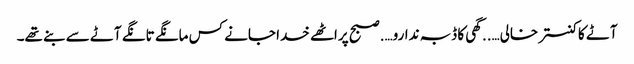
آٹے کا کنستر خالی…..گھی کا ڈبہ ندارو….صبح پراٹھے خدا جانے کس مانگے تانگے آٹے سے بنے تھے۔